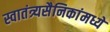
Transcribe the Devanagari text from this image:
स्वातंत्र्यसैनिकांमध्ये